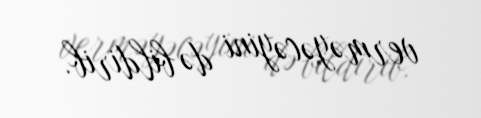
verməyəcəyini də bildirib.